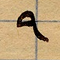
٩